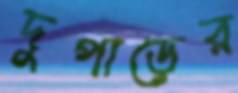
দুপাড়ের